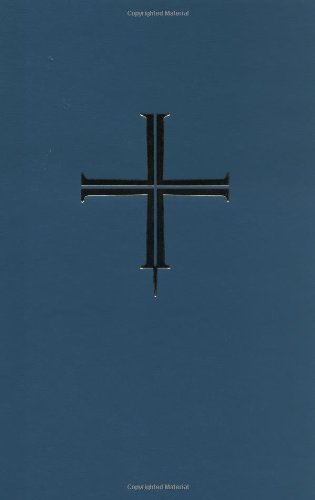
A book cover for Book of Blessings: Ritual Edition (Roman Ritual); Various; Christian Books & Bibles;